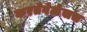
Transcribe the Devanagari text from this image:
करतेवेळेसच